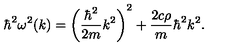
\hbar ^ { 2 } \omega ^ { 2 } ( k ) = \left( \displaystyle \frac { \hbar ^ { 2 } } { 2 m } k ^ { 2 } \right) ^ { 2 } + \frac { 2 c \rho } { m } \hbar ^ { 2 } k ^ { 2 } .